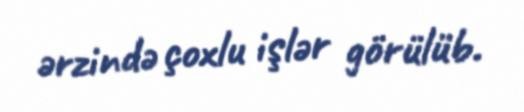
ərzində çoxlu işlər görülüb.